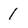
Character: 1